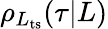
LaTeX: \rho_{L_{\mathrm{ts}}}(\tau|L)